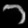
Digit: ၁